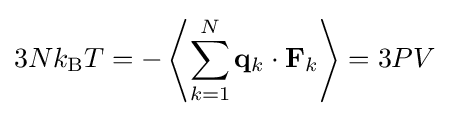
3Nk_{\text{B}}T=-\left\langle \sum _{k=1}^{N}\mathbf {q} _{k}\cdot \mathbf {F} _{k}\right\rangle =3PV